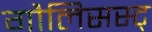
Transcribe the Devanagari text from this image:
गौलिसस्ट्